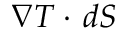
{ \nabla } T \cdot \, d S